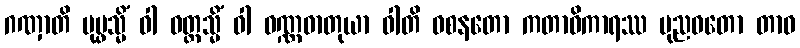
ဂဏှာတိ ပုပ္ဖသ္မိံ ဝါ ဝတ္ထသ္မိံ ဝါ ဝဏ္ဏဓာတုယာ ဝါတိ ဝစနတော ကတာဓိကာရဿ ပုညဝတော တာဝ